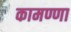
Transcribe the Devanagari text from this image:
कामण्णा